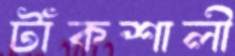
টাঁকশালী